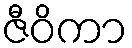
ဇီဝိကာ